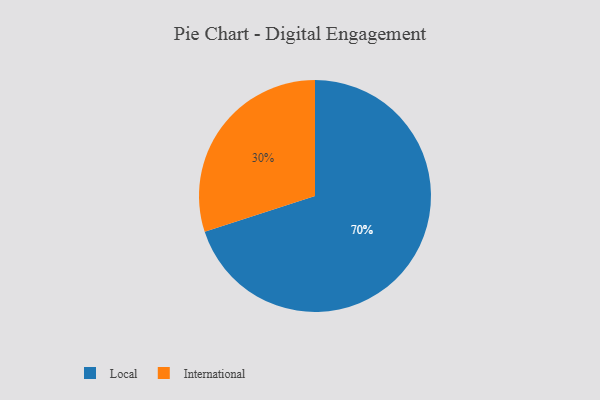
{"axis": {"x": "Category", "y": "Percentage"}, "legend": ["International", "Local"], "data": [{"x": "Local", "y": 70, "type": "Local"}, {"x": "International", "y": 30, "type": "International"}]}